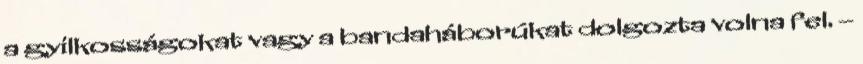
a gyilkosságokat vagy a bandaháborúkat dolgozta volna fel. –